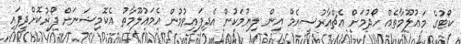
ކޯޓުގެ މަޢުލޫމާތެއް ހޯދުމަށް އެޗްއާރުސީއެމް އިން ލިޔުމަކުން އެދިފައިވުމުން އެމަޢުލޫމާތު އެކޮމިޝަނަށް ފޯޜުކޮށްދީފައި